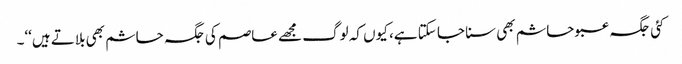
کئی جگہ عبو حاشم بھی سنا جا سکتا ہے، کیوں کہ لوگ مجھے عاصم کی جگہ حاشم بھی بلاتے ہیں‘‘۔